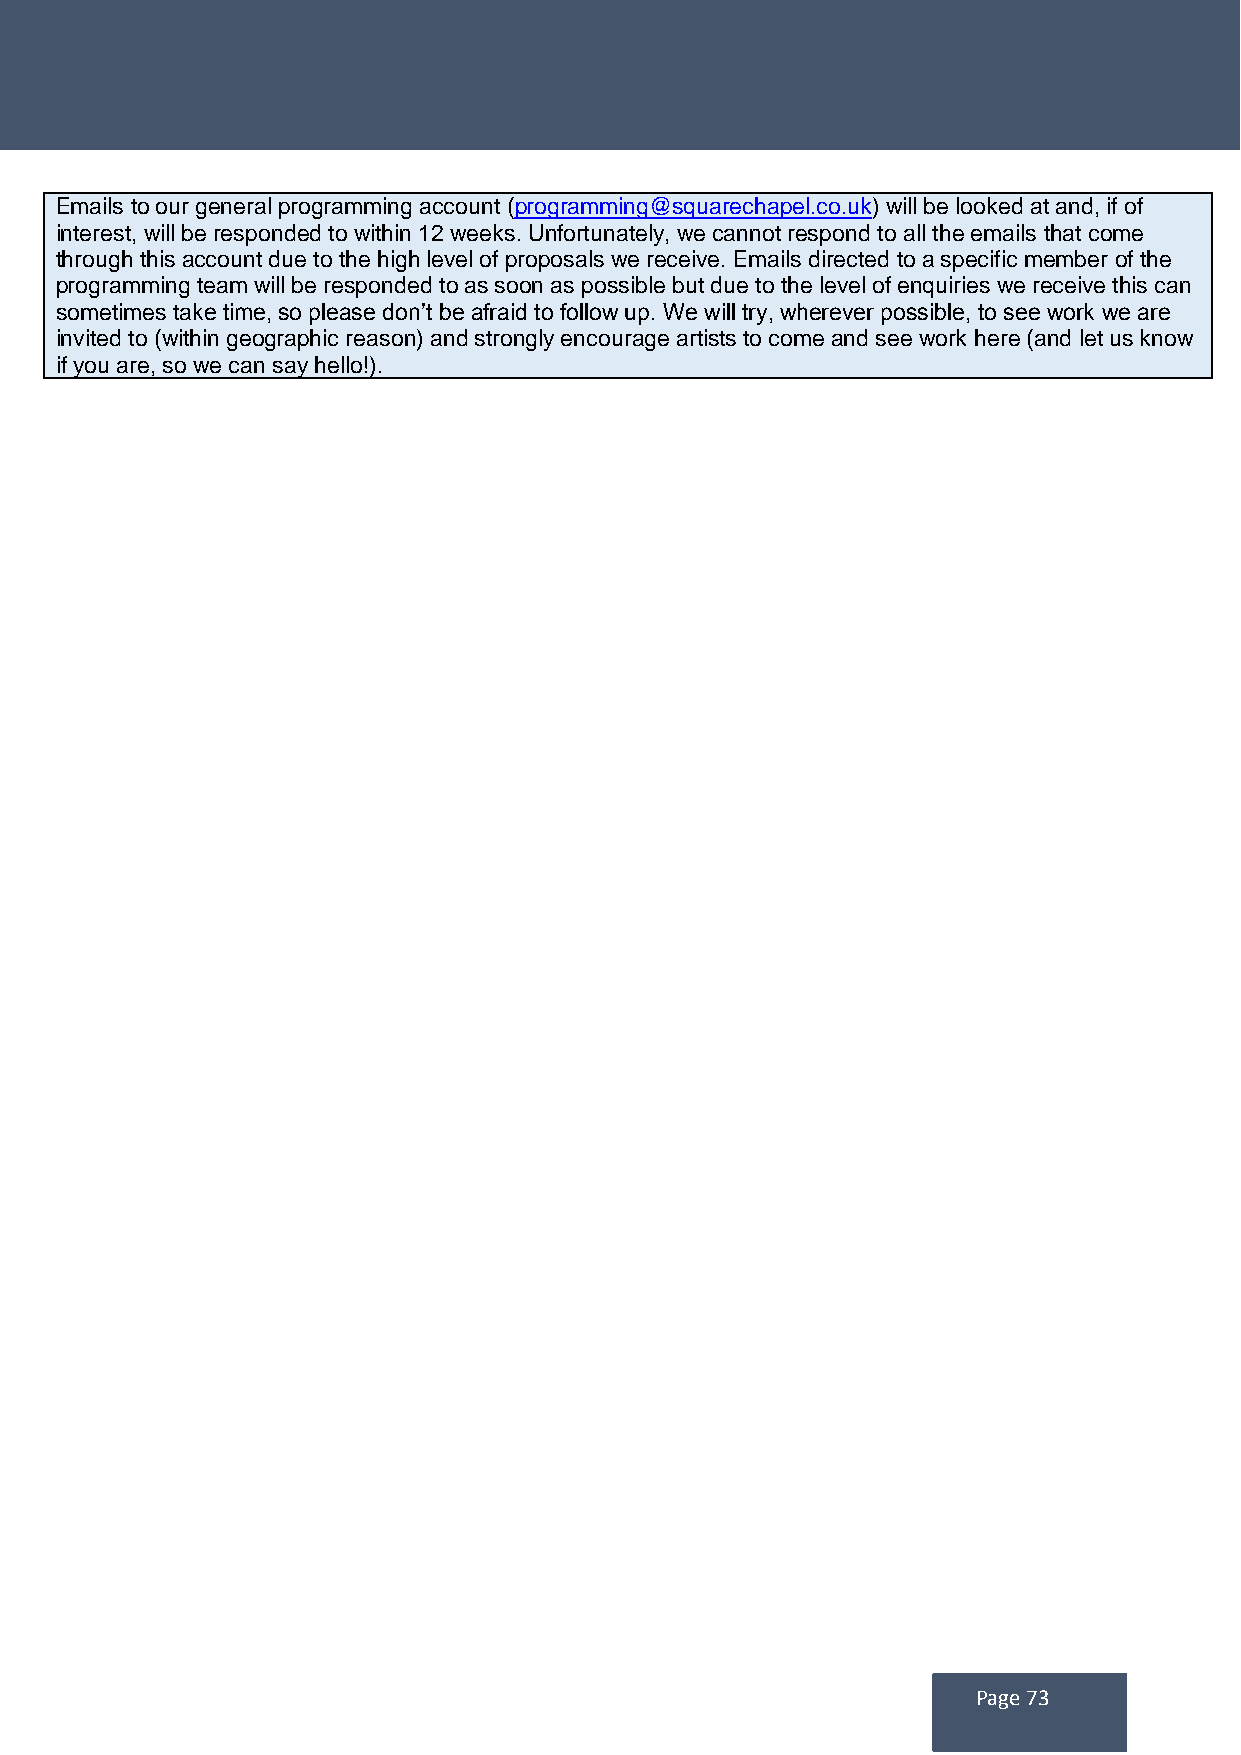
Emails to our general programming account (programming@squarechapel.co.uk) will be looked at and, if of
 interest, will be responded to within 12 weeks. Unfortunately, we cannot respond to all the emails that come
 through this account due to the high level of proposals we receive. Emails directed to a specific member of the
 programming team will be responded to as soon as possible but due to the level of enquiries we receive this can
 sometimes take time, so please don’t be afraid to follow up. We will try, wherever possible, to see work we are
 invited to (within geographic reason) and strongly encourage artists to come and see work here (and let us know
 if you are, so we can say hello!).
 Page 73